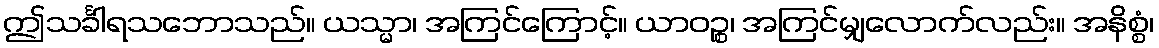
ဤသင်္ခါရသဘောသည်။ ယသ္မာ၊ အကြင်ကြောင့်။ ယာဝဉ္စ၊ အကြင်မျှလောက်လည်း။ အနိစ္စံ၊